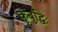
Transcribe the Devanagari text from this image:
कुबुद्धिः